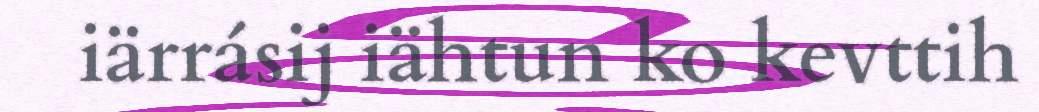
iärrásij iähtun ko kevttih